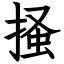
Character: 掻